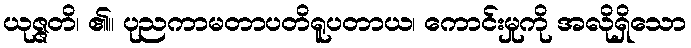
ယုဇ္ဇတိ၊ ၏။ ပုညကာမတာပတိရူပတာယ၊ ကောင်းမှုကို အလိုရှိသော